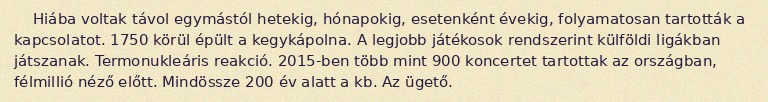
Hiába voltak távol egymástól hetekig, hónapokig, esetenként évekig, folyamatosan tartották a kapcsolatot. 1750 körül épült a kegykápolna. A legjobb játékosok rendszerint külföldi ligákban játszanak. Termonukleáris reakció. 2015-ben több mint 900 koncertet tartottak az országban, félmillió néző előtt. Mindössze 200 év alatt a kb. Az ügető.